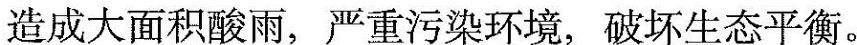
造成大面积酸雨，严重污染环境，破坏生态平衡。